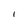
Character: I